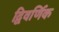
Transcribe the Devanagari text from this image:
द्विवर्णिक